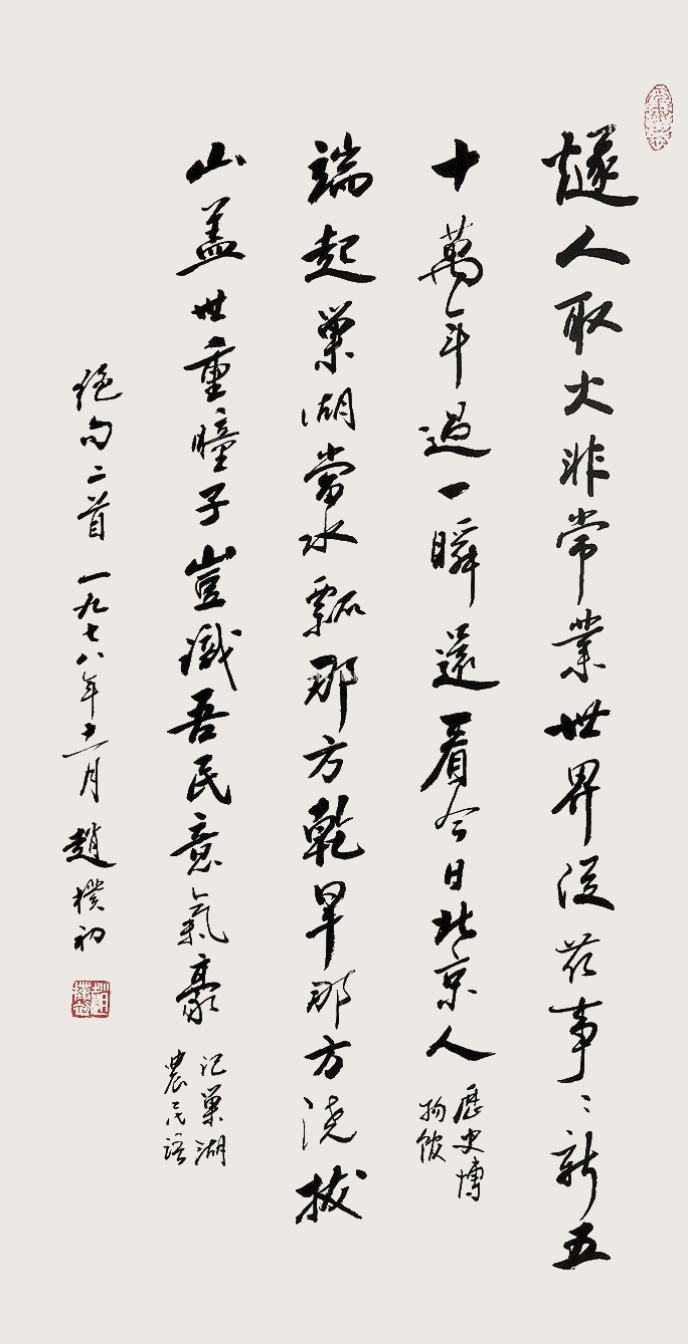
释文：燧人取火非常业，世界从兹事事新。五十万年过一瞬，还看今日北京人。历史博物馆端起巢湖当水瓢，那方干旱那方浇。拔山盖世重瞳子，岂识吾民意气豪记巢湖农民语。一九七八年十一月赵朴初。